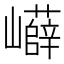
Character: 𡾲